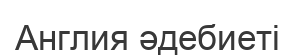
Англия әдебиеті